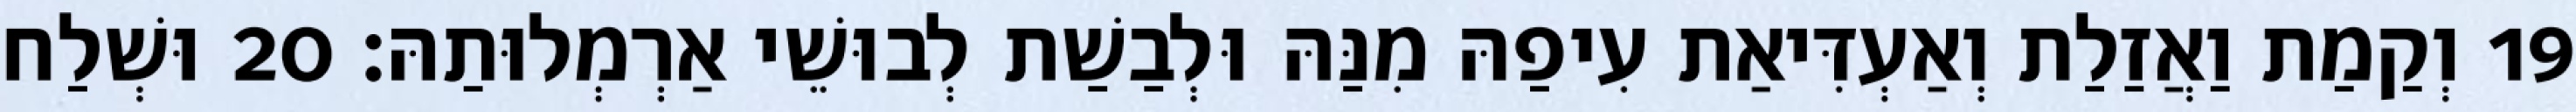
19 וְקַמַת וַאֲזַלַת וְאַעְדִּיאַת עִיפַהּ מִנַּהּ וּלְבַשַׁת לְבוּשֵׁי אַרְמְלוּתַהּ׃ 20 וּשְׁלַח